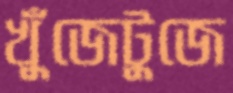
খুঁজেটুজে